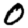
Digit: 0